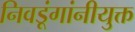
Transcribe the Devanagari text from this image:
निवडूंगांनीयुक्त